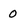
Character: 0